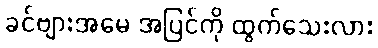
ခင်ဗျားအမေ အပြင်ကို ထွက်သေးလား